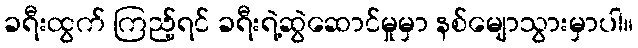
ခရီးထွက် ကြည့်ရင် ခရီးရဲ့ဆွဲဆောင်မှုမှာ နစ်မျောသွားမှာပါ။